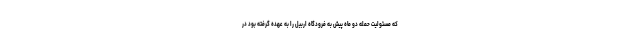
که مسئولیت حمله دو ماه پیش به فرودگاه اربیل را به عهده گرفته بود در